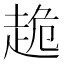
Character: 𧻜